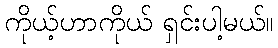
ကိုယ့်ဟာကိုယ် ရှင်းပါ့မယ်။